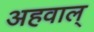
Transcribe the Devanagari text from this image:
अहवाल्